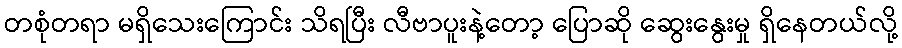
တစုံတရာ မရှိသေးကြောင်း သိရပြီး လီဗာပူးနဲ့တော့ ပြောဆို ဆွေးနွေးမှု ရှိနေတယ်လို့